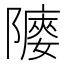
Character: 䧪